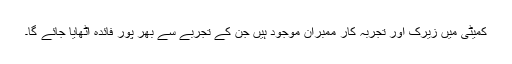
کمیٹی میں زیرک اور تجربہ کار ممبران موجود ہیں جن کے تجربے سے بھر پور فائدہ اٹھایا جائے گا۔